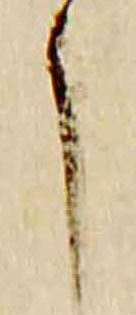
了